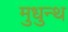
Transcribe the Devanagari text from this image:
मुधुन्थ